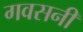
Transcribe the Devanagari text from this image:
गवसनी